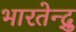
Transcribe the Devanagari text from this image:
भारतेन्द्रु